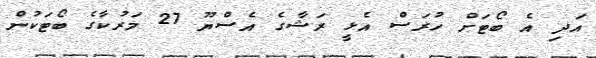
އަދި އެ ބޯޓަށް ހުރަސް އެޅީ ރަޝާގެ އެސްޔޫ 27 މަރުކާގެ ބޯޓަކުން